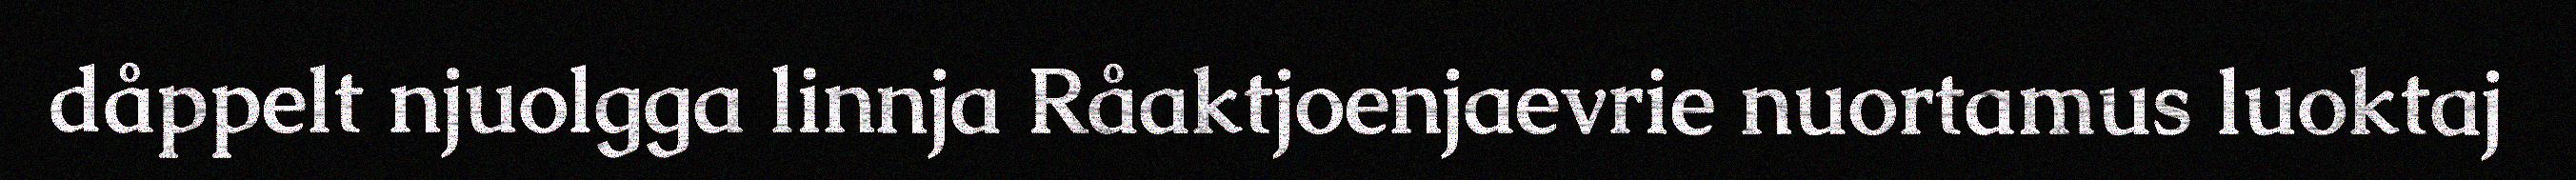
dåppelt njuolgga linnja Råaktjoenjaevrie nuortamus luoktaj